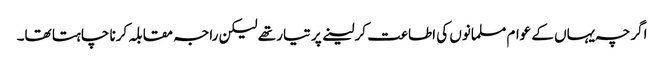
اگرچہ یہاں کے عوام مسلمانوں کی اطاعت کر لینے پر تیار تھے لیکن راجہ مقابلہ کرنا چاہتا تھا۔